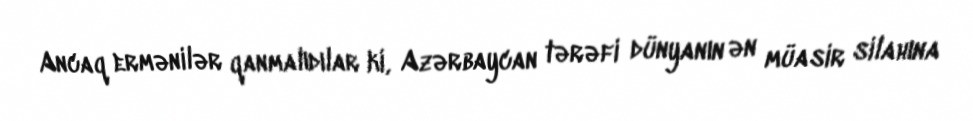
Ancaq ermənilər qanmalıdılar ki, Azərbaycan tərəfi dünyanın ən müasir silahına